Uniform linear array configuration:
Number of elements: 24
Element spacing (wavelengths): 1
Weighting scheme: hann
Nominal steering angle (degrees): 30
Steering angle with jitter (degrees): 29.327
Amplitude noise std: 0.05
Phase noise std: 0.05

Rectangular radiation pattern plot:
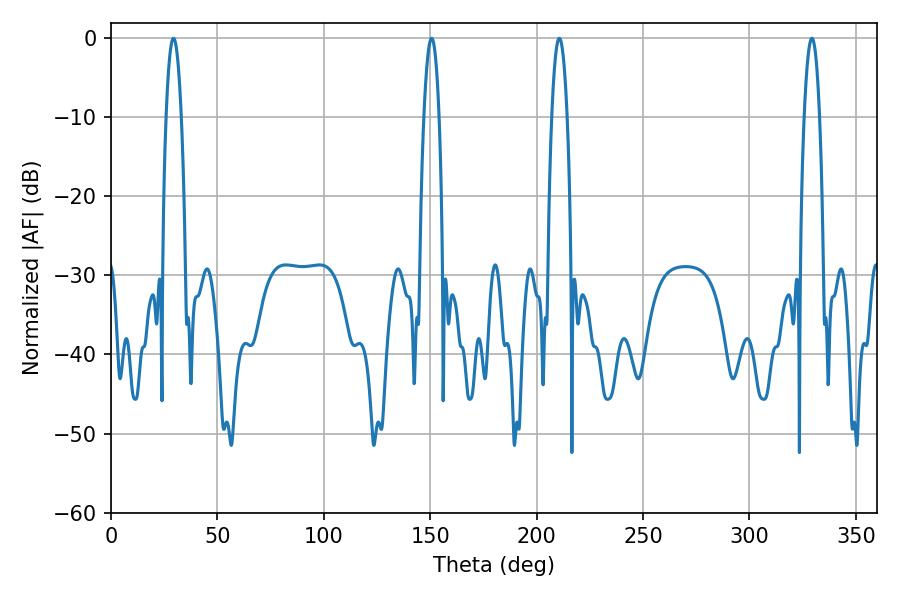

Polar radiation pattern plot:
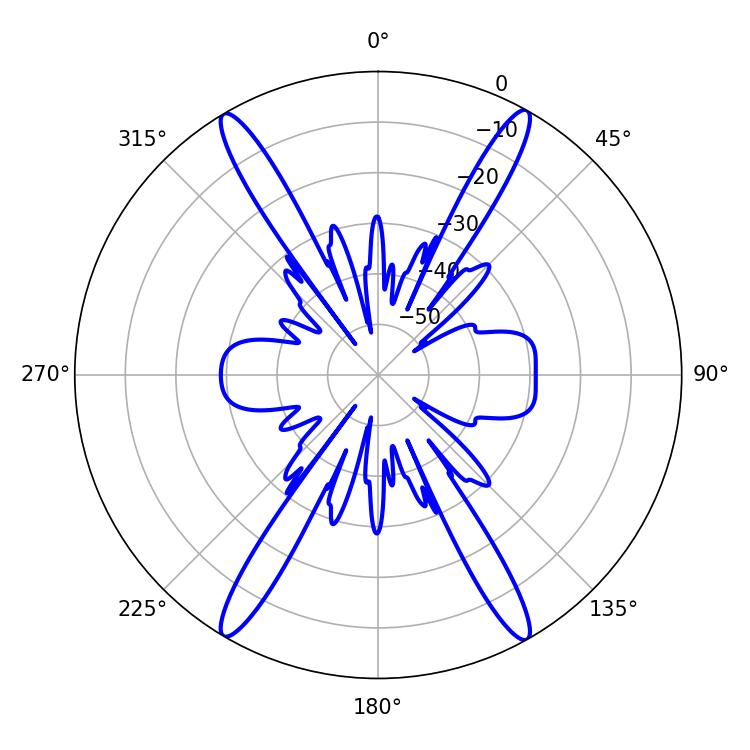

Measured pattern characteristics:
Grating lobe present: TRUE
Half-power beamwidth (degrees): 3.96
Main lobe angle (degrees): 29.34